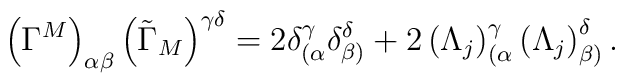
\left( \Gamma ^{M}\right) _{\alpha \beta }\left( \tilde{\Gamma}_{M}\right)^{\gamma \delta }=2\delta _{(\alpha }^{\gamma }\delta _{\beta )}^{\delta}+2\left( \Lambda _{j}\right) _{(\alpha }^{\gamma }\left( \Lambda_{j}\right) _{\beta )}^{\delta }.